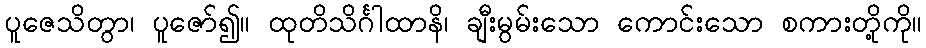
ပူဇေသိတွာ၊ ပူဇော်၍။ ထုတိသိင်္ဂါထာနိ၊ ချီးမွမ်းသော ကောင်းသော စကားတို့ကို။